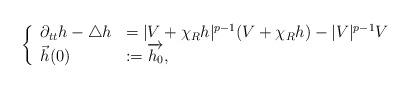
LaTeX: \begin{align*}\left\{\begin{array}{ll}\partial_{tt} h - \triangle h & = | V+\chi_{R} h|^{p-1} (V+\chi_{R} h)-|V|^{p-1}V \\\vec{h}(0) & := \overrightarrow{h_0},\end{array}\right.\end{align*}